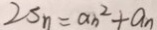
2 S _ { n } = a _ { n } ^ { 2 } + a _ { n }